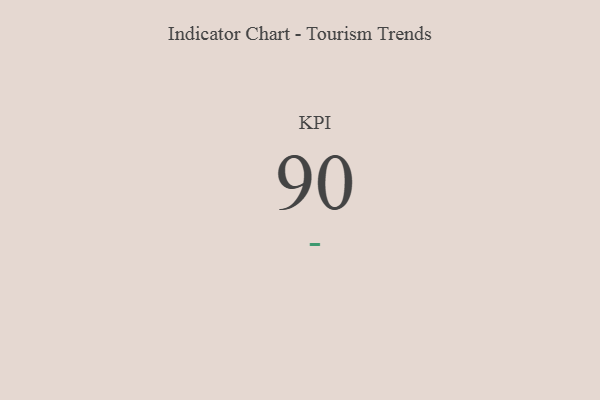
{"axis": {"x": "KPI", "y": "Value"}, "legend": [""], "data": [{"x": "KPI", "y": 90, "type": ""}]}